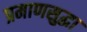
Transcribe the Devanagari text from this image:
प्रमाणसुद्धा